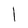
Character: 1